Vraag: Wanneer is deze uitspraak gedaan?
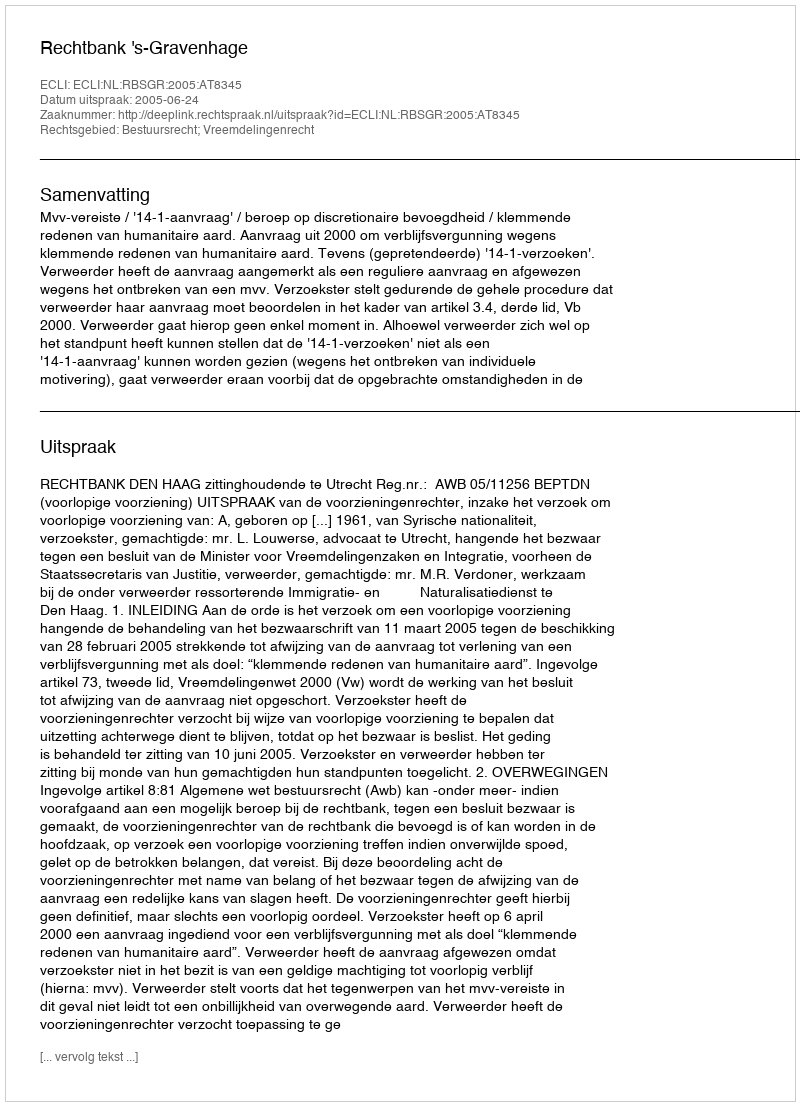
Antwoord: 2005-06-24